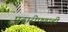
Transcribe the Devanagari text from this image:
पुढारीपणाही